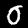
Digit: 0